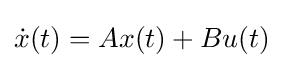
{\dot {x}}(t)=Ax(t)+Bu(t)